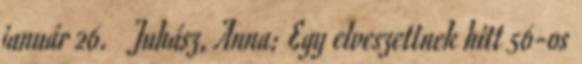
január 26. ↑ Juhász, Anna: Egy elveszettnek hitt 56-os